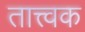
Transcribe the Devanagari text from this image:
तात्त्वक